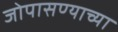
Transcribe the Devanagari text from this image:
जोपासण्याच्या